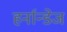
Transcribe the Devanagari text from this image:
हर्नान्डेज